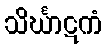
သိင်္ဃာဋကံ